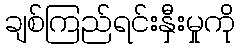
ချစ်ကြည်ရင်းနှီးမှုကို